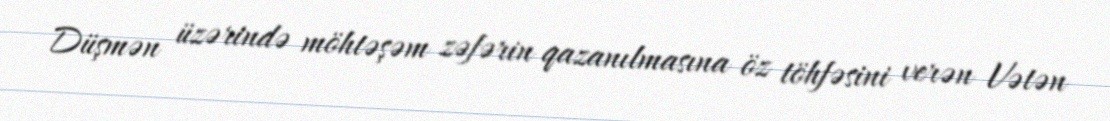
Düşmən üzərində möhtəşəm zəfərin qazanılmasına öz töhfəsini verən Vətən